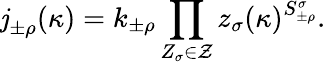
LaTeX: \mathit{j}_{\pm\rho}^{\mathrm{{~\, ~}}}(\kappa)=k_{\pm\rho}\prod_{Z_{\sigma}\in\mathcal{{Z}}}{z}_{\sigma}(\kappa)^{{S}_{\pm\rho}^{\sigma}}.